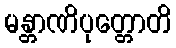
မန္တာဏိပုတ္တောတိ